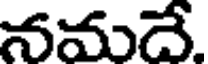
నమదే.